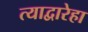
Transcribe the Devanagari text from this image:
त्याद्वारेहा